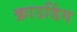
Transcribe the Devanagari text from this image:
क्राउडिंग